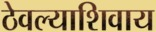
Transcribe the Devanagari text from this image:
ठेवल्याशिवाय